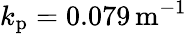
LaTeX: k_{\mathrm{p}}=0.079\, \mathrm{m}^{-1}